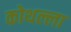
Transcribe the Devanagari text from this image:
कोथल्ला